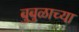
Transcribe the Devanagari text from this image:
बुबुळाच्या